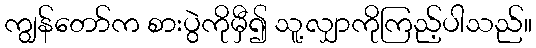
ကျွန်တော်က စားပွဲကိုမှီ၍ သူ့လျှာကိုကြည့်ပါသည်။